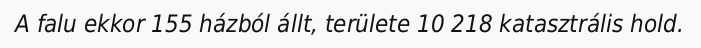
A falu ekkor 155 házból állt, területe 10 218 katasztrális hold.